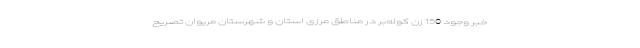
خبر وجود 150 زن کوله‌بر در مناطق مرزی استان و شهرستان مریوان تصریح